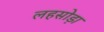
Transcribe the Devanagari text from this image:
लहसोड़ा